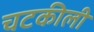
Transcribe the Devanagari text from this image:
चटकीली